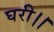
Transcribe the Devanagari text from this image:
घरी।।